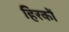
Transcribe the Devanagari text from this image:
हिरकों